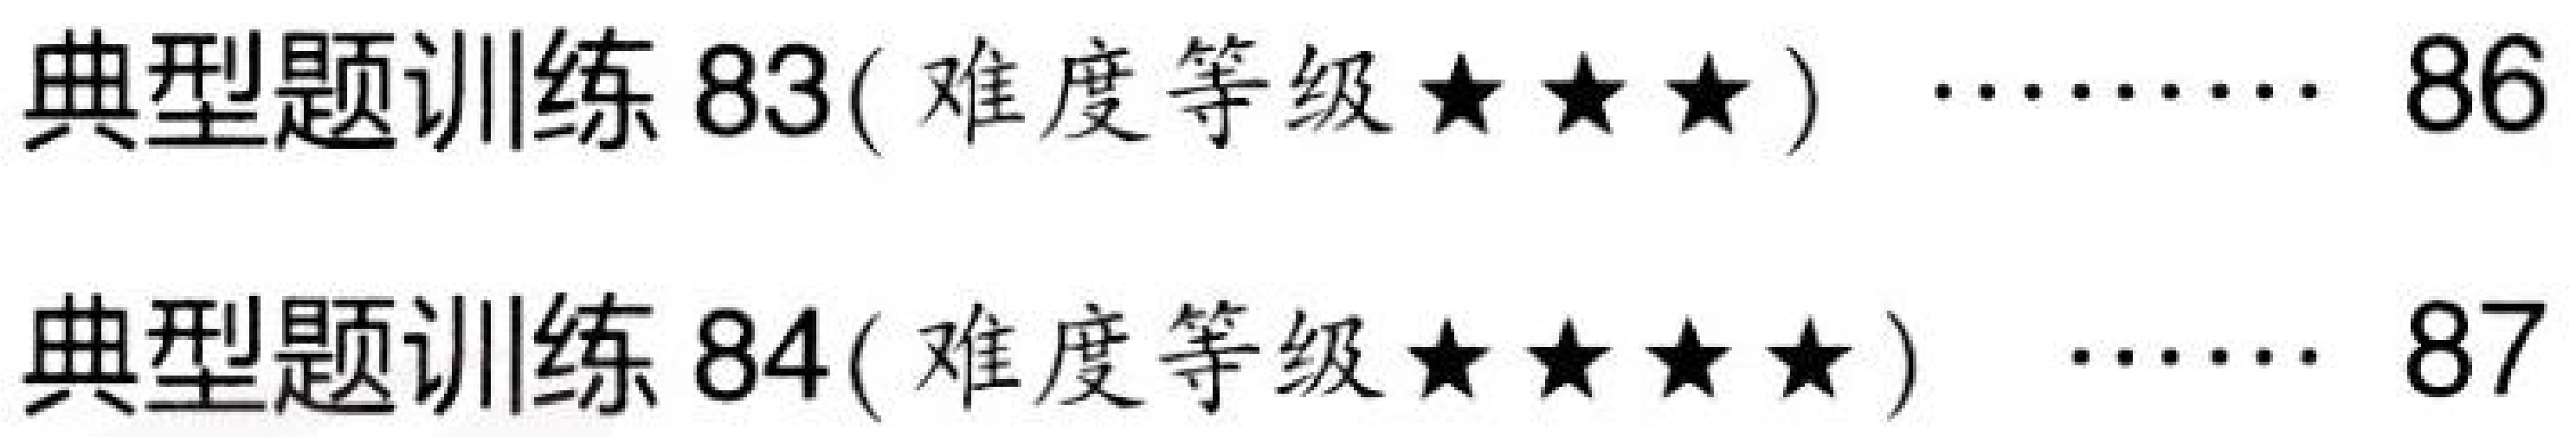
典型题训练 83( 难度等级$\star\star\star$ ) \quad\cdots\cdots\quad 86\\
典型题训练 84( 难度等级$\star\star\star\star$ ) \quad\cdots\cdots\quad 87